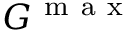
G ^ { \mathrm { ~ m ~ a ~ x ~ } }